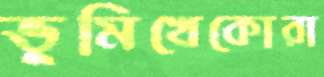
ভূমিখেকোরা